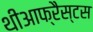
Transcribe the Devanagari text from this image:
थीआफ्रैस्टस